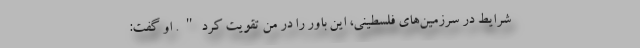
شرایط در سرزمین‌های فلسطینی، این باور را در من تقویت کرد". او گفت: